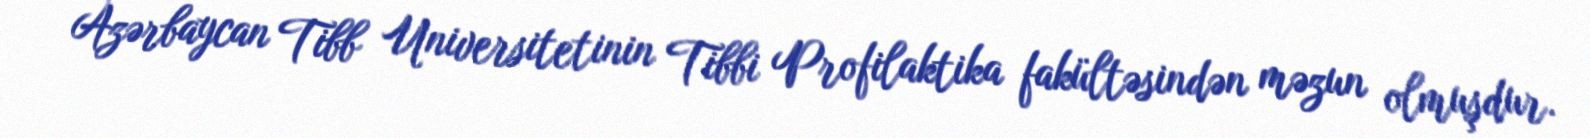
Azərbaycan Tibb Universitetinin Tibbi Profilaktika fakültəsindən məzun olmuşdur.